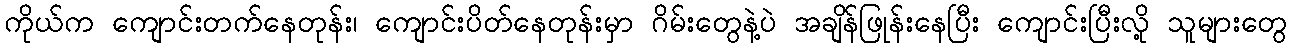
ကိုယ်က ကျောင်းတက်နေတုန်း၊ ကျောင်းပိတ်နေတုန်းမှာ ဂိမ်းတွေနဲ့ပဲ အချိန်ဖြုန်းနေပြီး ကျောင်းပြီးလို့ သူများတွေ